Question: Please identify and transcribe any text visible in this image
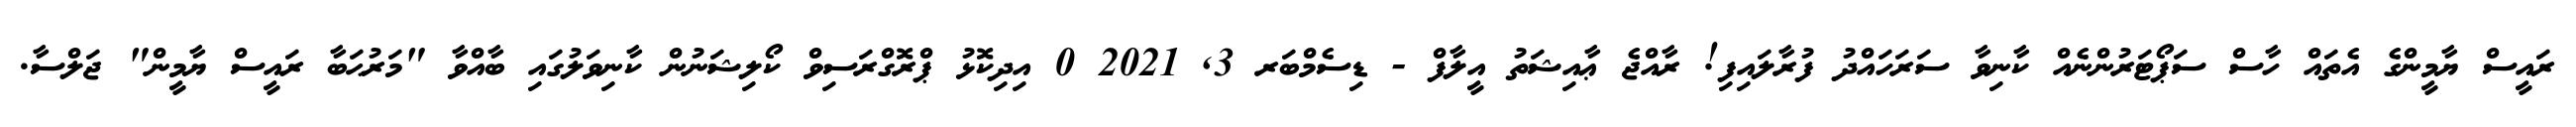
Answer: ރައީސް ޔާމީންގެ އެތައް ހާސް ސަޕޯޓަރުންނެއް ކާނިވާ ސަރަހައްދު ފުރާލައިފި! ރާއްޖެ ޢާއިޝަތު އީލާފް - ޑިސެމްބަރ 3, 2021 0 އިދިކޮޅު ޕްރޮގްރަސިވް ކޯލިޝަނުން ކާނިވަލުގައި ބާއްވާ "މަރުޙަބާ ރައީސް ޔާމީން" ޖަލްސާ.